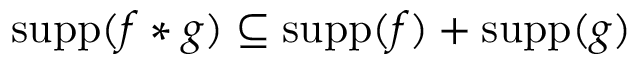
\operatorname { s u p p } ( f \ast g ) \subseteq \operatorname { s u p p } ( f ) + \operatorname { s u p p } ( g )